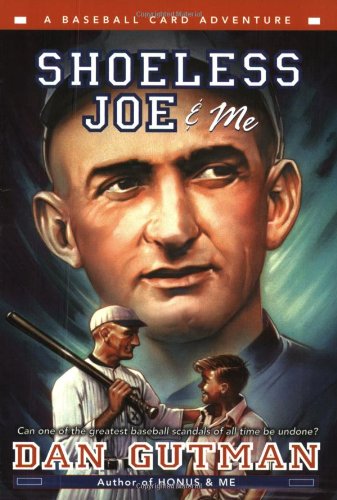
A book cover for Shoeless Joe & Me (Baseball Card Adventures); Dan Gutman; Children's Books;